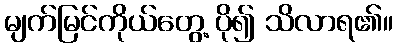
မျက်မြင်ကိုယ်တွေ့ ပို၍ သိလာရ၏။